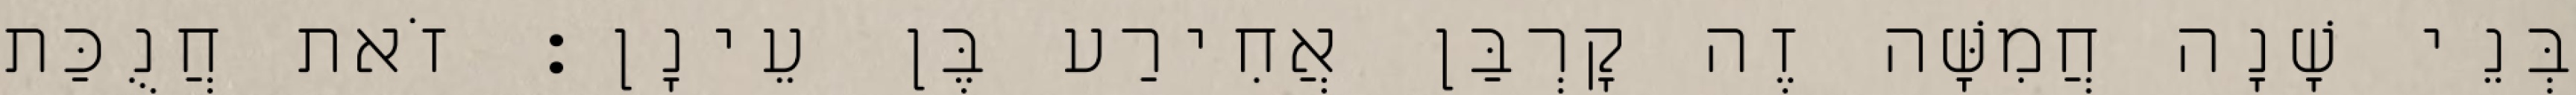
בְּנֵי שָׁנָה חֲמִשָּׁה זֶה קָרְבַּן אֲחִירַע בֶּן עֵינָן׃ זֹאת חֲנֻכַּת